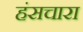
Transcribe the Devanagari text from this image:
हंसचारा